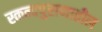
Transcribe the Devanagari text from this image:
स्कन्दपुराणातील